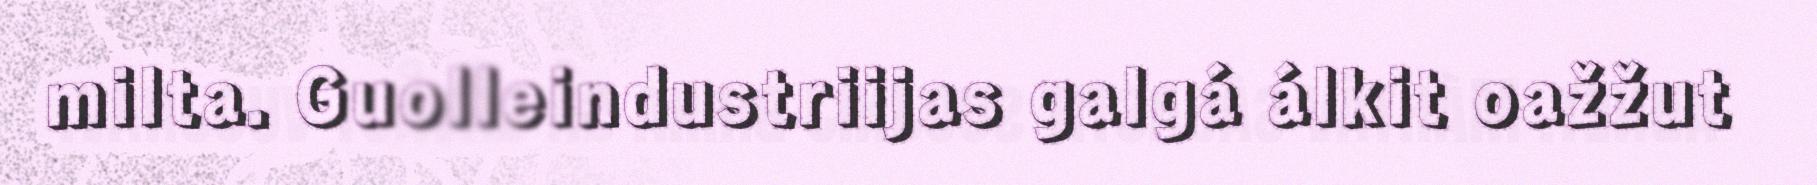
milta. Guolleindustriijas galgá álkit oažžut